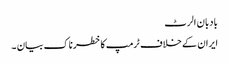
بادبان الرٹ
ایران کے خلاف ٹرمپ کا خطرناک بیان ۔